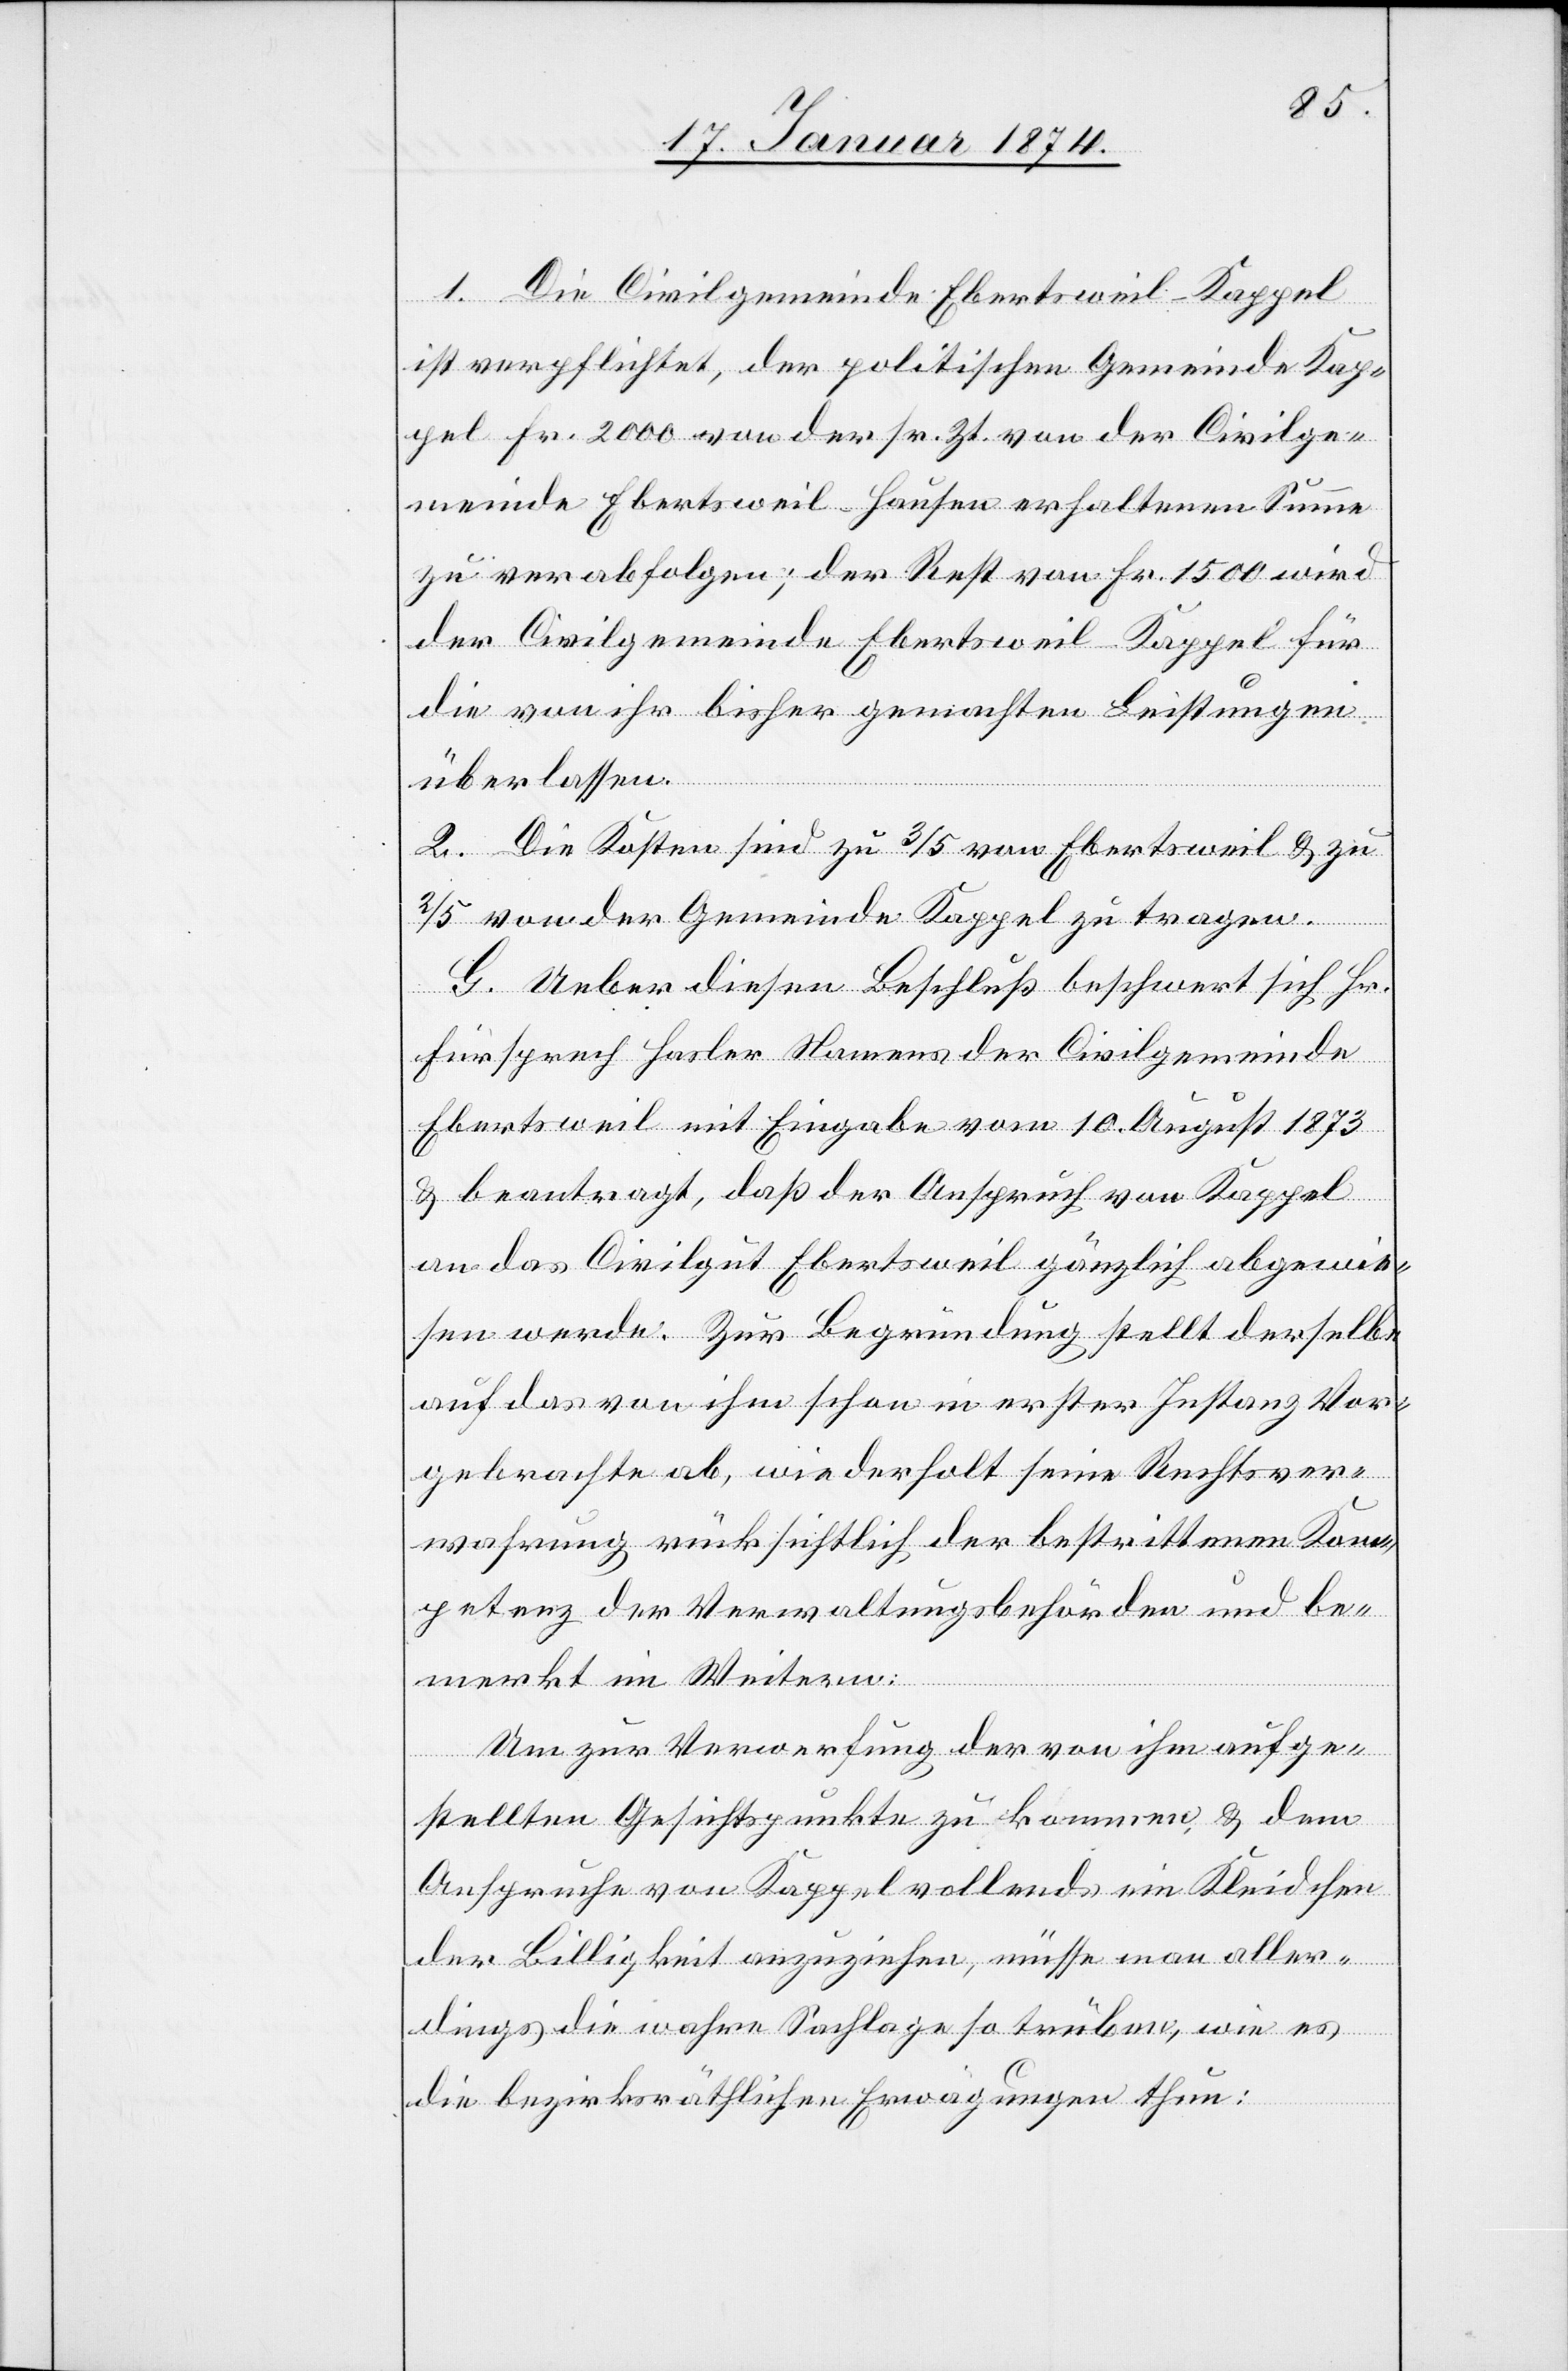
1. Die Civilgemeinde Ebertsweil-Kappel
ist verpflichtet, der politischen Gemeinde Kap¬
pel Fr. 2000 von der sr. Zt. von der Civilge¬
meinde Ebertsweil-Hausen erhaltenen Summe
zu verabfolgen; der Rest von Fr. 1500 wird
der Civilgemeinde Ebertsweil-Kappel für
die von ihr bisher gemachten Leistungen
überlassen.
2. Die Kosten sind zu 3/5 von Ebertsweil & zu
2/5 von der Gemeinde Kappel zu tragen.
G. Ueber diesen Beschluß beschwert sich Hr.
Fürsprech Hasler Namens der Civilgemeinde
Ebertsweil mit Eingabe vom 10. August 1873
& beantragt, daß der Anspruch von Kappel
an das Civilgut Ebertsweil gänzlich abgewie¬
sen werde. Zur Begründung stellt derselbe
auf das von ihm schon in erster Instanz Vor¬
gebrachte ab, wiederholt seine Rechtsver¬
wahrung rücksichtlich der bestrittenen Kom¬
petenz der Verwaltungsbehörden und be¬
merkt im Weitern:
Um zu Verwerfung der von ihm aufge¬
stellten Gesichtspunkte zu kommen, & dem
Anspruche von Kappel vollends ein Kleidchen
der Billigkeit anzuziehen, müsse man aller¬
dings die wahre Sachlage so trüben, wie es
die bezirksräthlichen Erwägungen thun: